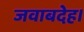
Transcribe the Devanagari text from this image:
जवाबदेह।